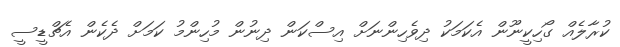
ކުރާލެއް ގޯހިކީނޫން އެކަމަކު ދިވެހިންނަށް އިސްކަން ދިނުން މުހިންމު ކަމަށް ދެކެން އެޗްޑީސީ